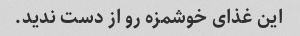
این غذای خوشمزه رو از دست ندید.